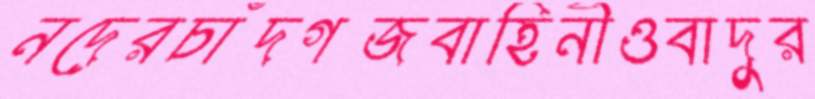
নদেরচাঁদগজবাহিনীওবাদুর